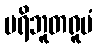
ပရိဘူတရူပံ